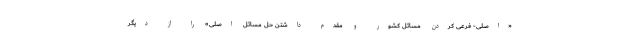
«اصلی- فرعی کردن مسائل کشور و مقدم داشتن حل مسائل اصلی» را از دیگر